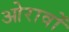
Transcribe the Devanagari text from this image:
ओरावों